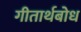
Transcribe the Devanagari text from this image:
गीतार्थबोध